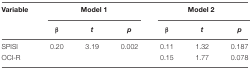
| Variable | <COLSPAN=3> Model 1 | <COLSPAN=3> Model 2 |
 |  | β | t | p | β | t | p |
 | --- | --- | --- | --- | --- | --- | --- |
 | SPISI | 0.20 | 3.19 | 0.002 | 0.11 | 1.32 | 0.187 |
 | OCI-R |  |  |  | 0.15 | 1.77 | 0.078 |